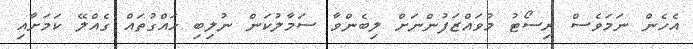
އެހެން ނަމަވެސް ރިސޯޓު މުވައްޒަފުންނަށް ލިބެންވާ ސަމާލުކަން ނުލިބި ހައްގުތައް ގެއްލޭ ކަމަށާއި